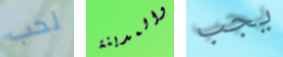
لحب والمدينة يجب